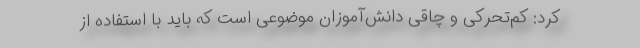
کرد: کم‌تحرکی و چاقی دانش‌آموزان موضوعی است که باید با استفاده از